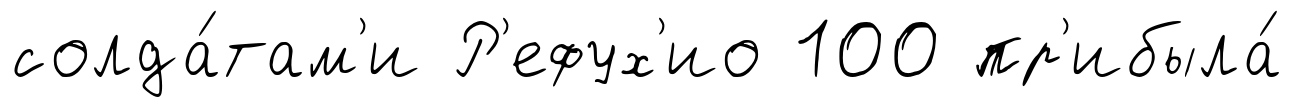
солда́там'и Р'ефух'ио 100 пр'ибыла́